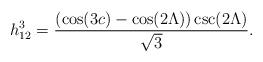
LaTeX: \begin{align*} h_{12}^3=\frac{(\cos(3c)-\cos(2\Lambda))\csc(2\Lambda)}{\sqrt{3}}.\end{align*}